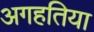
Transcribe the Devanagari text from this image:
अगहतिया